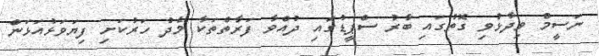
ނަސީމް ވިދާޅުވި ގޮތުގައި ބާރު ސްޕީޑުގައި ދުއްވާ ފަރާތްތަކާ މެދު ހަރުކަށި ފިޔަވަޅުއަޅަން